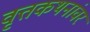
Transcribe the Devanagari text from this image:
वृत्तकथनांवर